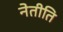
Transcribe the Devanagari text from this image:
नेतीति